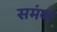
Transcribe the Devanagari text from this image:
समंक